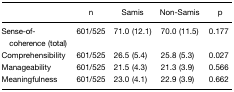
<table><thead><tr><td></td><td><b>n</b></td><td><b>Samis</b></td><td><b>Non-Samis</b></td><td><b>p</b></td></tr></thead><tbody><tr><td>Sense-of-coherence (total)</td><td>601/525</td><td>71.0 (12.1)</td><td>70.0 (11.5)</td><td>0.177</td></tr><tr><td>Comprehensibility</td><td>601/525</td><td>26.5 (5.4)</td><td>25.8 (5.3)</td><td>0.027</td></tr><tr><td>Manageability</td><td>601/525</td><td>21.5 (4.3)</td><td>21.3 (3.9)</td><td>0.566</td></tr><tr><td>Meaningfulness</td><td>601/525</td><td>23.0 (4.1)</td><td>22.9 (3.9)</td><td>0.662</td></tr></tbody></table>